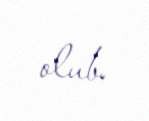
olub.